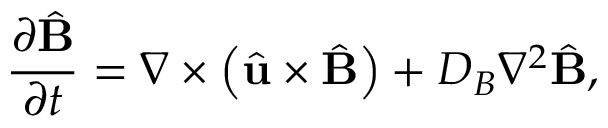
\frac { \partial \hat { \mathbf { B } } } { \partial t } = \nabla \times \left( \hat { \mathbf { u } } \times \hat { \mathbf { B } } \right) + D _ { B } \nabla ^ { 2 } \hat { \mathbf { B } } ,